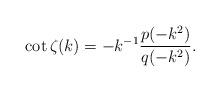
LaTeX: \begin{align*}\cot\zeta(k) = -k^{-1}\frac{p(-k^2)}{q(-k^2)}. \end{align*}